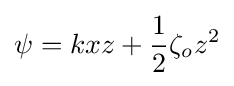
\psi =kxz+{\frac {1}{2}}\zeta _{o}z^{2}